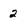
Character: 2